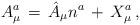
LaTeX: \begin{align*}A^a_\mu \, = \, \hat{A}_\mu n^a \, + \, X^a_\mu \, ,\end{align*}